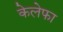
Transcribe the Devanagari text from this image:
केलेफा